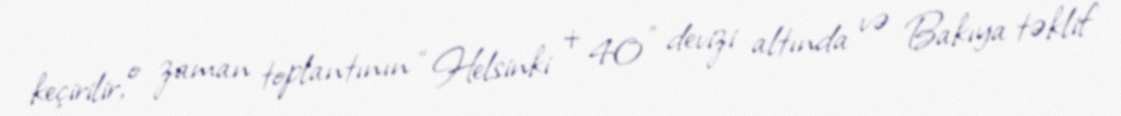
keçirilir, o zaman toplantının “Helsinki + 40" devizi altında və Bakıya təklif